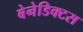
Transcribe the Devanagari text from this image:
बेनेडिक्टस